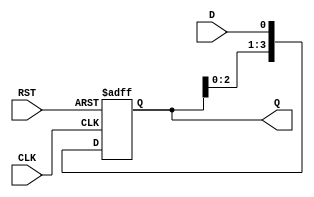
module ShiftRegister (
    input wire D,        // Data Input
    input wire CLK,      // Clock Input
    input wire RST,      // Reset Input
    output reg [3:0] Q   // Data Output (4-bit)
);

// Sequential logic for the shift register
always @(posedge CLK or posedge RST) begin
    if (RST) begin
        // Asynchronous reset: Clear the shift register
        Q <= 4'b0000;
    end else begin
        // Shift operation: Shift data to the right
        Q <= {Q[2:0], D}; // Shift left and insert new data on the right
    end
end

endmodule